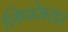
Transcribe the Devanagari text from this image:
लिम्फ़ोकाइन